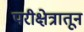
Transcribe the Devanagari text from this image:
परीक्षेत्रातून